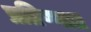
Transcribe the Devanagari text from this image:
प्रतिष्णात